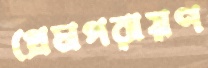
প্রেমপরায়ণ